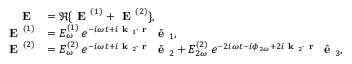
\begin{array} { r l } { \textbf { E } } & { = \Re \{ \textbf { E } ^ { ( 1 ) } + \textbf { E } ^ { ( 2 ) } \} , } \\ { \textbf { E } ^ { ( 1 ) } } & { = E _ { \omega } ^ { ( 1 ) } \, e ^ { - i \omega t + i \textbf { k } _ { 1 } \cdot \textbf { r } } \, \hat { \textbf { e } } _ { 1 } , } \\ { \textbf { E } ^ { ( 2 ) } } & { = E _ { \omega } ^ { ( 2 ) } \, e ^ { - i \omega t + i \textbf { k } _ { 2 } \cdot \textbf { r } } \, \hat { \textbf { e } } _ { 2 } + E _ { 2 \omega } ^ { ( 2 ) } \, e ^ { - 2 i \omega t - i \phi _ { 2 \omega } + 2 i \textbf { k } _ { 2 } \cdot \textbf { r } } \, \hat { \textbf { e } } _ { 3 } , } \end{array}